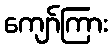
ကျော်ကြား